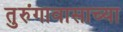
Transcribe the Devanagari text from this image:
तुरुंगावासाच्या